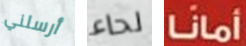
أرسلني لحاء أمانا